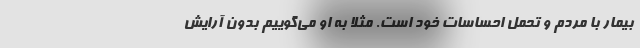
بیمار با مردم و تحمل احساسات خود است. مثلا به او می‌گوییم بدون آرایش